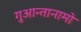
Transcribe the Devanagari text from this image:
गुआन्तानामो